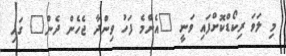
މި ލަވަ ރިކޯޑްކޮށްފައި ވަނީ "އެންމެ ފަހު ވިންދާ ޖެހެން ދެން" ގައި